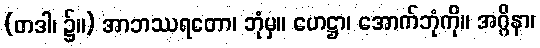
(တဒါ၊ ၌။) အာဘဿရတော၊ ဘုံမှ။ ဟေဋ္ဌာ၊ အောက်ဘုံကို။ အဂ္ဂိနာ၊